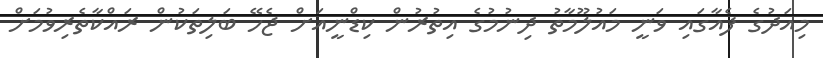
މިއަދުގެ ފެއާގައި ވަނީ މައުލޫމާތު ދިނުމުގެ އިތުރުން ކިޑްނީއަށް ޖެހޭ ބަލިތަކުން ރައްކާތެރިވުމަށް